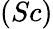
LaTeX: (Sc)